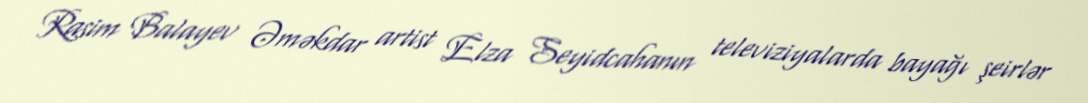
Rasim Balayev Əməkdar artist Elza Seyidcahanın televiziyalarda bayağı şeirlər